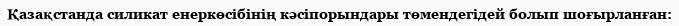
Қазақстанда силикат енеркөсібінің кәсіпорындары төмендегідей болып шоғырланған: